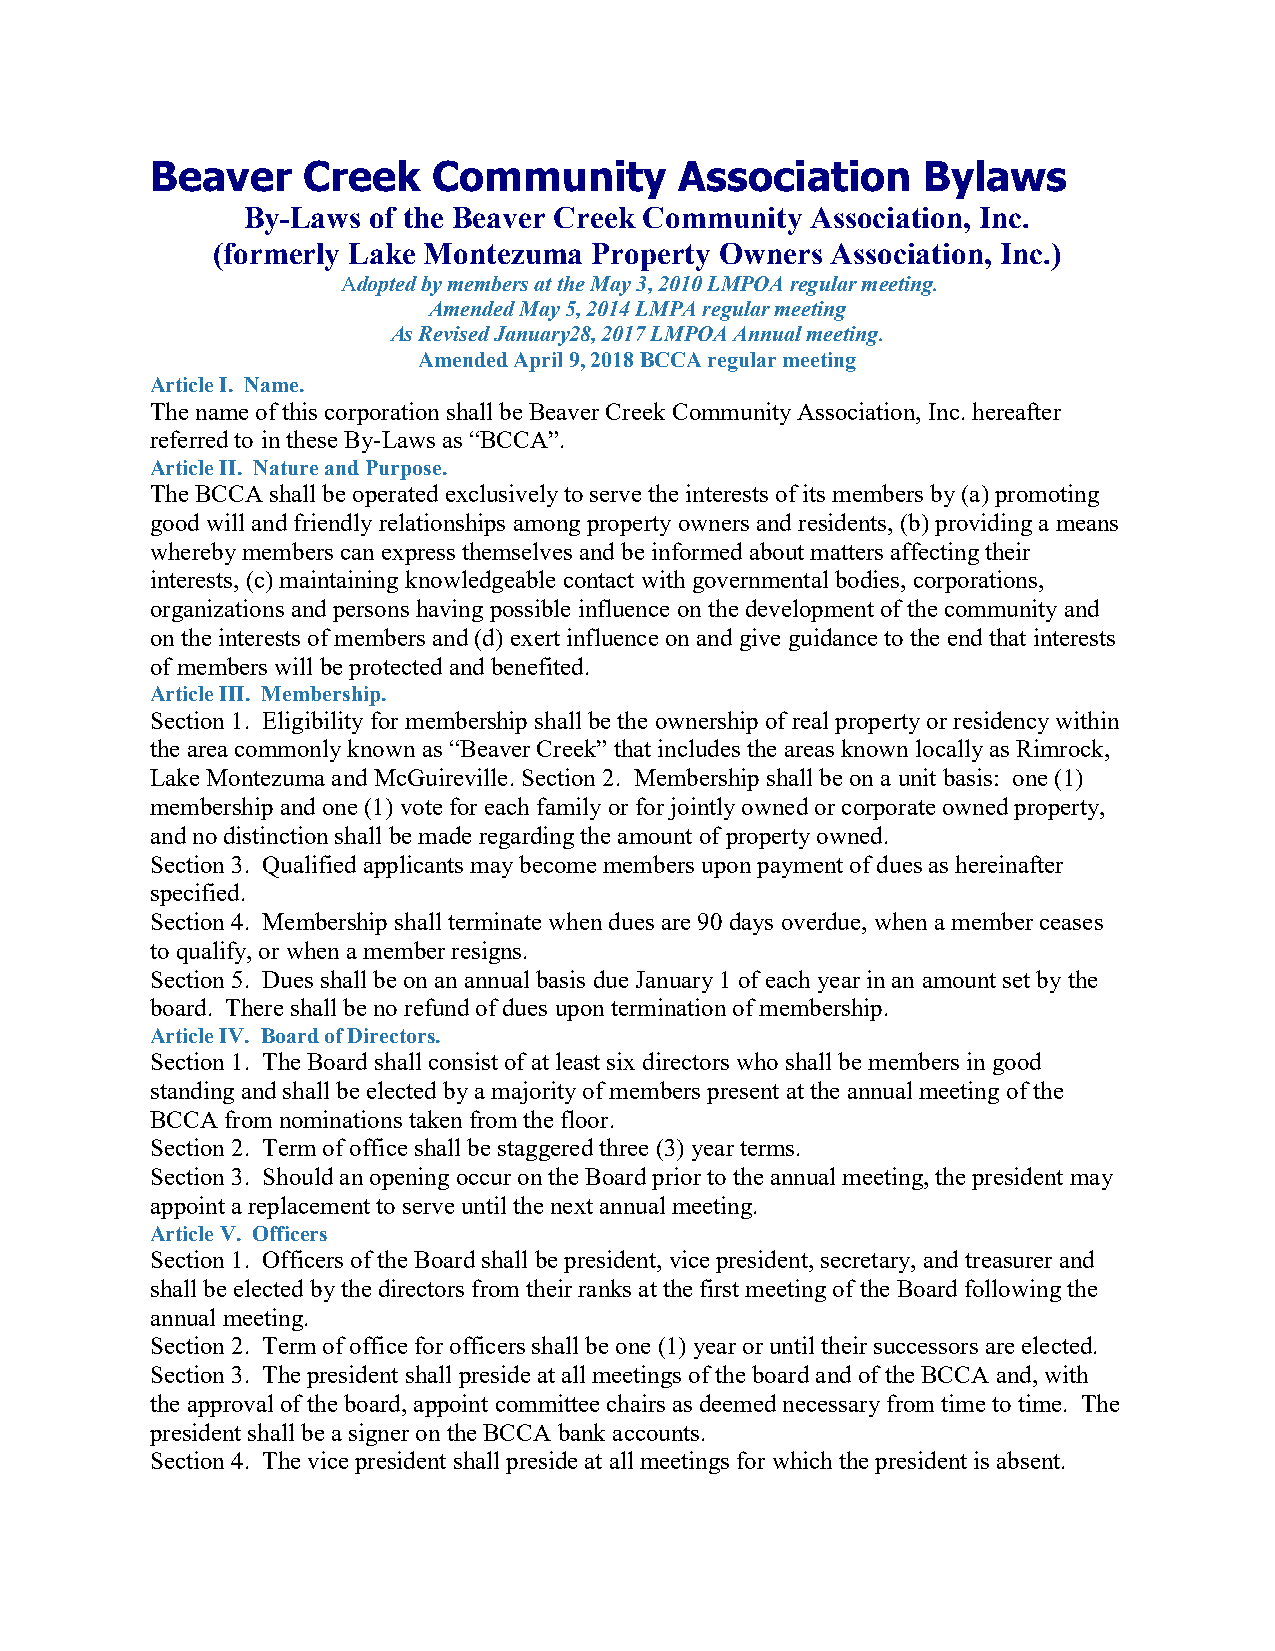
Beaver    Creek    Community       Association     Bylaws
 By-Laws of the Beaver Creek Community Association, Inc.
 (formerly Lake Montezuma Property Owners Association, Inc.)
 Adopted by members at the May 3, 2010 LMPOA regular meeting.
 Amended May 5, 2014 LMPA regular meeting
 As Revised January28, 2017 LMPOA Annual meeting.
 Amended April 9, 2018 BCCA regular meeting
 Article I. Name.
 The name of this corporation shall be Beaver Creek Community Association, Inc. hereafter
 referred to in these By-Laws as “BCCA”.
 Article II. Nature and Purpose.
 The BCCA shall be operated exclusively to serve the interests of its members by (a) promoting
 good will and friendly relationships among property owners and residents, (b) providing a means
 whereby members can express themselves and be informed about matters affecting their
 interests, (c) maintaining knowledgeable contact with governmental bodies, corporations,
 organizations and persons having possible influence on the development of the community and
 on the interests of members and (d) exert influence on and give guidance to the end that interests
 of members will be protected and benefited.
 Article III. Membership.
 Section 1. Eligibility for membership shall be the ownership of real property or residency within
 the area commonly known as “Beaver Creek” that includes the areas known locally as Rimrock,
 Lake Montezuma and McGuireville. Section 2. Membership shall be on a unit basis: one (1)
 membership and one (1) vote for each family or for jointly owned or corporate owned property,
 and no distinction shall be made regarding the amount of property owned.
 Section 3. Qualified applicants may become members upon payment of dues as hereinafter
 specified.
 Section 4. Membership shall terminate when dues are 90 days overdue, when a member ceases
 to qualify, or when a member resigns.
 Section 5. Dues shall be on an annual basis due January 1 of each year in an amount set by the
 board. There shall be no refund of dues upon termination of membership.
 Article IV. Board of Directors.
 Section 1. The Board shall consist of at least six directors who shall be members in good
 standing and shall be elected by a majority of members present at the annual meeting of the
 BCCA from nominations taken from the floor.
 Section 2. Term of office shall be staggered three (3) year terms.
 Section 3. Should an opening occur on the Board prior to the annual meeting, the president may
 appoint a replacement to serve until the next annual meeting.
 Article V. Officers
 Section 1. Officers of the Board shall be president, vice president, secretary, and treasurer and
 shall be elected by the directors from their ranks at the first meeting of the Board following the
 annual meeting.
 Section 2. Term of office for officers shall be one (1) year or until their successors are elected.
 Section 3. The president shall preside at all meetings of the board and of the BCCA and, with
 the approval of the board, appoint committee chairs as deemed necessary from time to time. The
 president shall be a signer on the BCCA bank accounts.
 Section 4. The vice president shall preside at all meetings for which the president is absent.